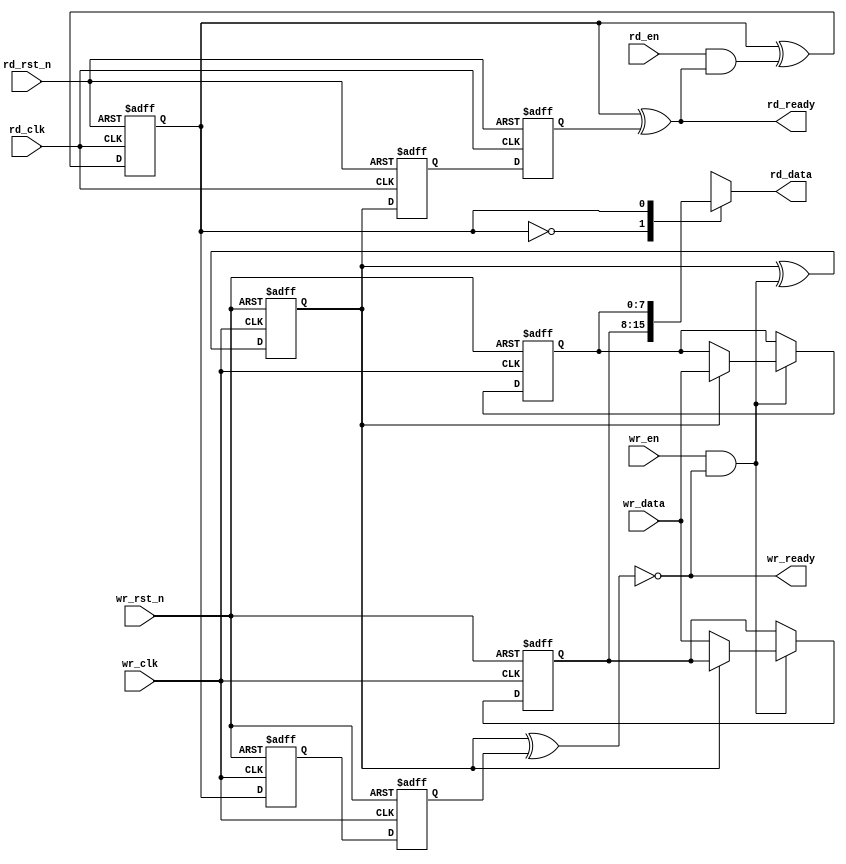
module rpc2_ctrl_fifo_synchronizer (
   // Outputs
   rd_data, rd_ready, wr_ready,
   // Inputs
   rd_clk, rd_rst_n, rd_en, wr_clk, wr_rst_n, wr_en, wr_data
   );
   parameter FIFO_DATA_WIDTH = 8;
   parameter OUTPUT_REGISTER = 0;
   
   // Read Clock Domain
   input                        rd_clk;
   input                        rd_rst_n;
   input                        rd_en;
   output [FIFO_DATA_WIDTH-1:0] rd_data;
   output                       rd_ready; // inverted "empty" flag
   // Write Clock Domain
   input                        wr_clk;
   input                        wr_rst_n;
   input                        wr_en;
   input [FIFO_DATA_WIDTH-1:0]  wr_data;
   output                       wr_ready; // inverted "full" flag
   
   wire                         wr_enable;
   wire                         rd_enable;
   
   reg                          wr_ptr;
   reg                          rd_ptr;
   reg [FIFO_DATA_WIDTH-1:0]    mem[0:1];
   reg                          wr_ptr_fx_s1;
   reg                          wr_ptr_fx_s2;
   reg                          rd_ptr_fx_s1;
   reg                          rd_ptr_fx_s2;
   wire                         wr_ready;
   reg                          rd_ready;
   reg [FIFO_DATA_WIDTH-1:0]    rd_data;
   wire                         rd_ptr_next;
   
   assign wr_enable = wr_en & wr_ready;
   assign rd_enable = rd_en & rd_ready;
   assign wr_ready = ~(wr_ptr ^ rd_ptr_fx_s2);
   assign rd_ptr_next = rd_ptr ^ rd_enable;
   
   always @(posedge wr_clk or negedge wr_rst_n) begin
      if (~wr_rst_n)
        wr_ptr <= 1'b0;
      else
        wr_ptr <= wr_ptr ^ wr_enable;
   end
   
   // sync to wr_clk
   always @(posedge wr_clk or negedge wr_rst_n) begin
      if (~wr_rst_n) begin
         rd_ptr_fx_s1 <= 1'b0;
         rd_ptr_fx_s2 <= 1'b0;
      end
      else begin
         rd_ptr_fx_s1 <= rd_ptr;
         rd_ptr_fx_s2 <= rd_ptr_fx_s1;
      end
   end
        
   always @(posedge rd_clk or negedge rd_rst_n) begin
      if (~rd_rst_n)
        rd_ptr <= 1'b0;
      else
        rd_ptr <= rd_ptr_next;
   end
   
   // sync to rd_clk
   always @(posedge rd_clk or negedge rd_rst_n) begin
      if (~rd_rst_n) begin
         wr_ptr_fx_s1 <= 1'b0;
         wr_ptr_fx_s2 <= 1'b0;
      end
      else begin
         wr_ptr_fx_s1 <= wr_ptr;
         wr_ptr_fx_s2 <= wr_ptr_fx_s1;
      end
   end
   
   // 2-register
   always @(posedge wr_clk or negedge wr_rst_n) begin
      if (~wr_rst_n) begin
         mem[0] <= {FIFO_DATA_WIDTH{1'b0}};
         mem[1] <= {FIFO_DATA_WIDTH{1'b0}};
      end
      else if (wr_enable)
        mem[wr_ptr] <= wr_data[FIFO_DATA_WIDTH-1:0];
   end

   generate
      if (OUTPUT_REGISTER == 0) begin
         always @(*) begin
            rd_data = mem[rd_ptr];
            rd_ready = rd_ptr ^ wr_ptr_fx_s2;
         end
      end
      else begin
         always @(posedge rd_clk or negedge rd_rst_n) begin
            if (~rd_rst_n)
              rd_ready <= 1'b0;
            else
              rd_ready <= rd_ptr_next ^ wr_ptr_fx_s2;
         end

         always @(posedge rd_clk or negedge rd_rst_n) begin
            if (~rd_rst_n)
              rd_data  <= {FIFO_DATA_WIDTH{1'b0}};
            else if (rd_ptr_next ^ wr_ptr_fx_s2)
              rd_data  <= mem[rd_ptr_next];
         end
      end
   endgenerate
endmodule